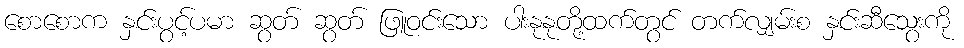
စောစောက နှင်းပွင့်ပမာ ဆွတ် ဆွတ် ဖြူဝင်းသော ပါးနုနုတို့ထက်တွင် တက်လျှမ်းစ နှင်းဆီသွေးကို